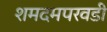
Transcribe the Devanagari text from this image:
शमदमपरवडी